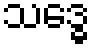
သဒ္ဓေ